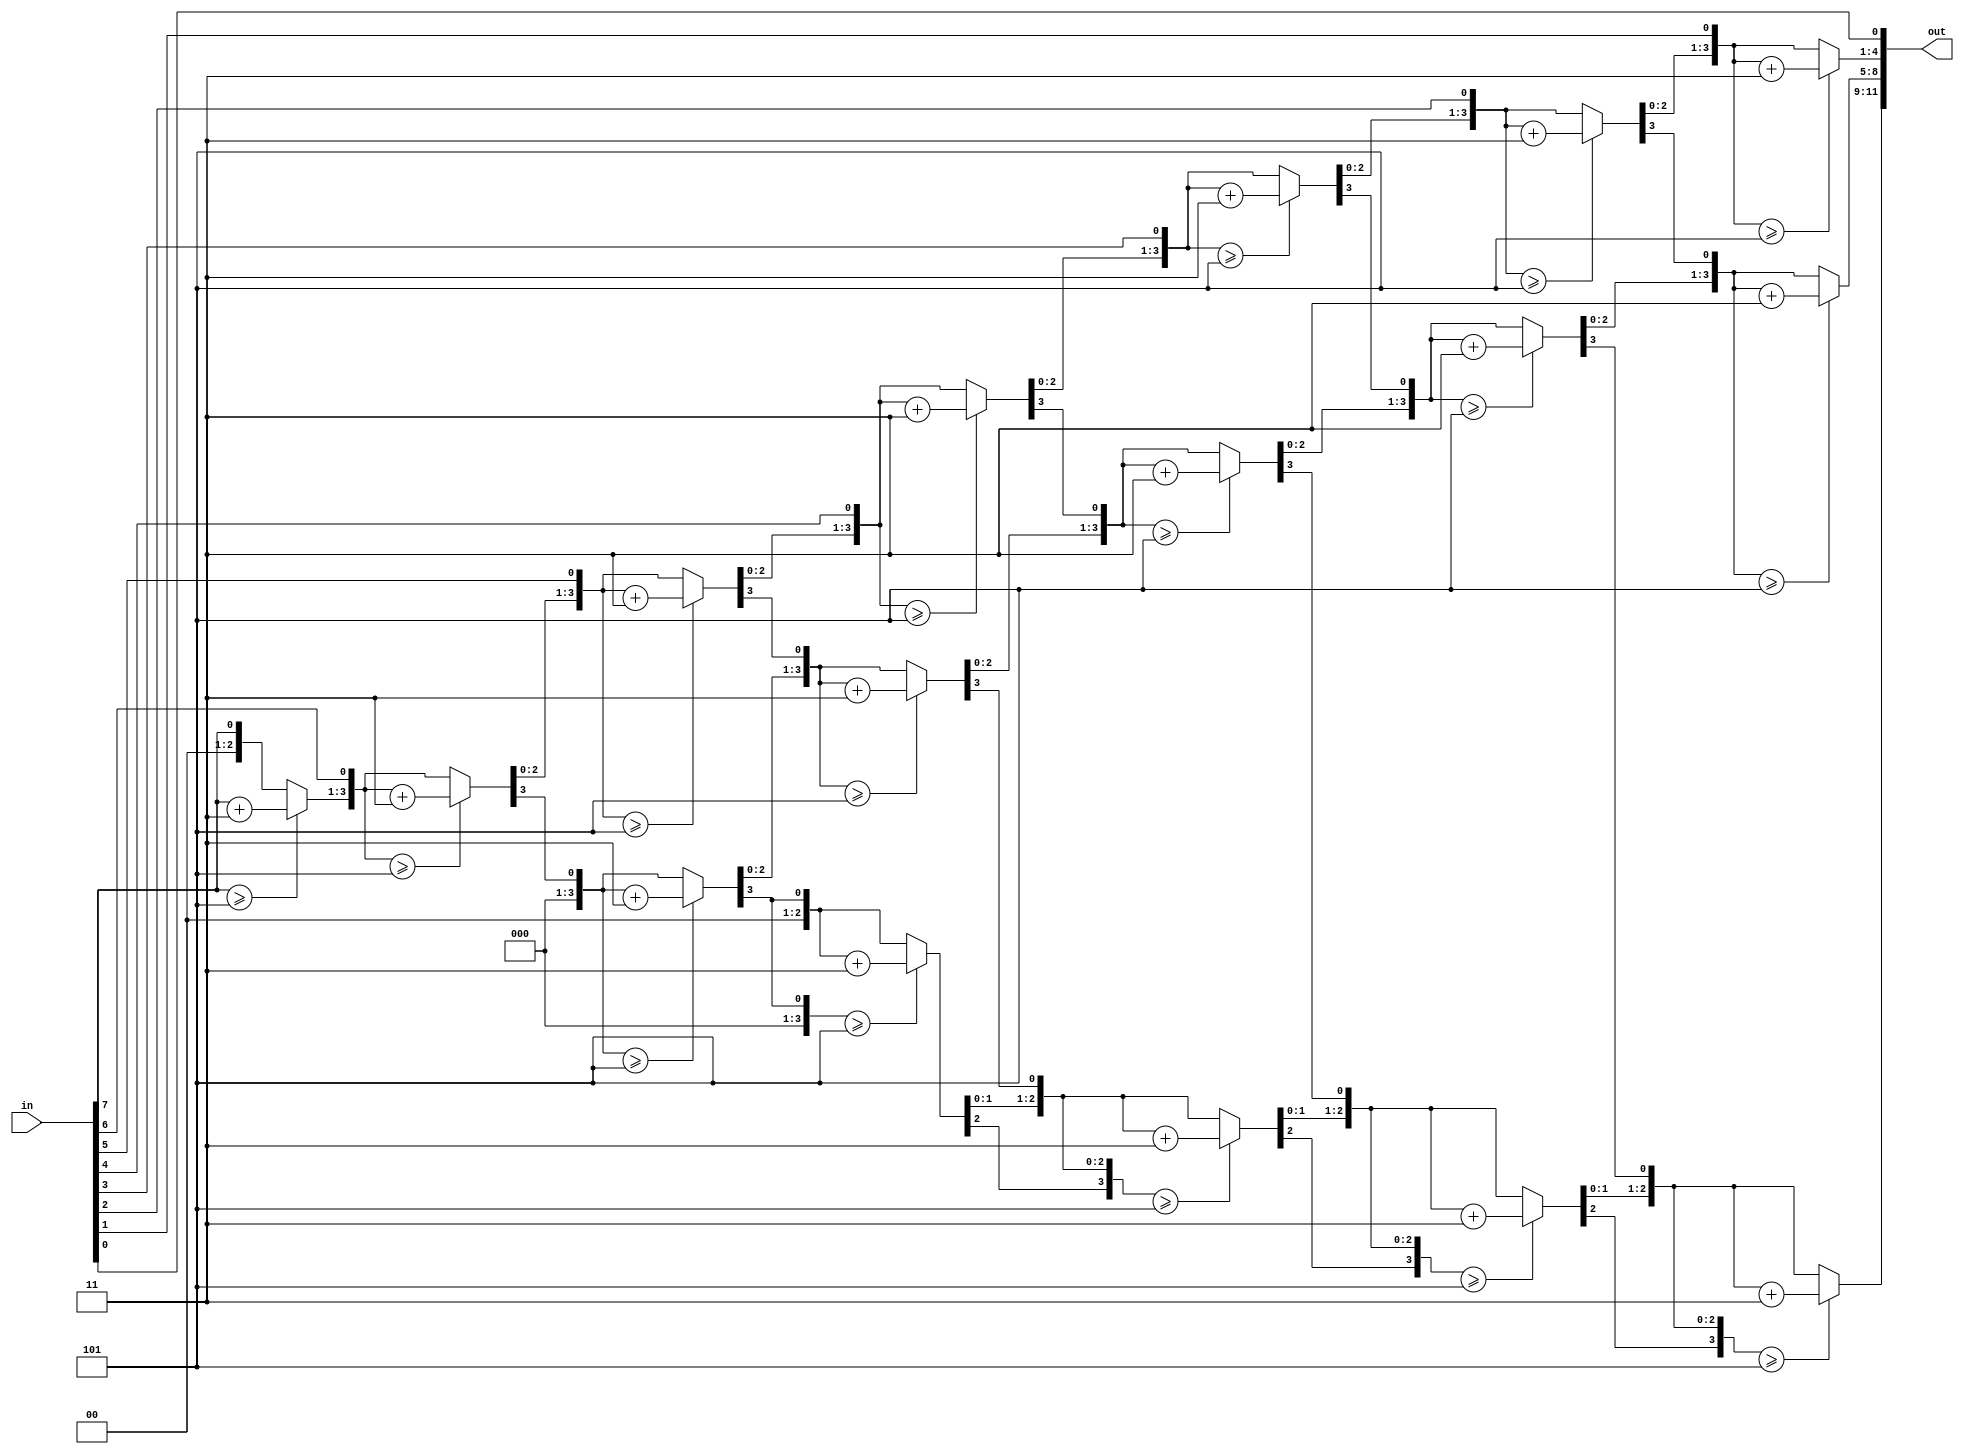
module binary_to_bcd(in, out);

input [7:0] in;
output reg [11:0] out;

integer i;

always @* begin
   
    out = 0;

    for (i=0; i<8; i = i + 1) begin	

    if (out[3:0] >= 5)
        out[3:0] = out[3:0] + 3;

	if (out[7:4] >= 5)
        out[7:4] = out[7:4] + 3;

	if (out[11:8] >= 5)
        out[11:8] = out[11:8] + 3;

	out = {out[10:0], in[7-i]};		//Shift one bit

    end
end
endmodule